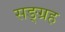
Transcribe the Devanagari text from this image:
सङ्ग्रह